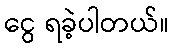
ငွေ ရခဲ့ပါတယ်။